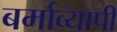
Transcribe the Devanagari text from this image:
बर्माव्यापी